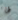
لها